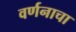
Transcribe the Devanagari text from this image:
वर्णनाचा